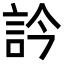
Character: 訡